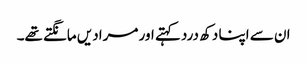
ان سے اپنا دکھ درد کہتے اور مرادیں مانگتے تھے۔